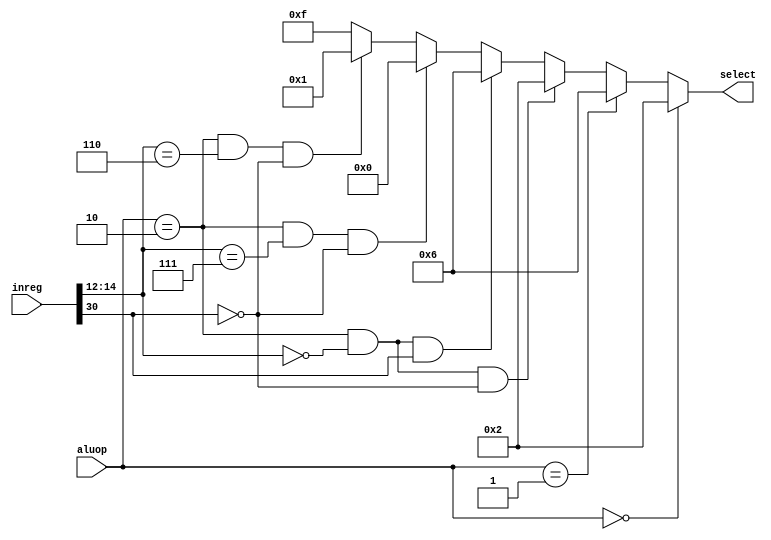
`timescale 1ns / 1ps
//////////////////////////////////////////////////////////////////////////////////
// Company: 
// Engineer: 
// 
// Design Name: 
// Module Name: ALU_control_unit
// Project Name: 
// Target Devices: 
// Tool Versions: 
// Description: 
// 
// Dependencies: 
// 
// Revision:
// Revision 0.01 - File Created
// Additional Comments:
// 
//////////////////////////////////////////////////////////////////////////////////


module ALU_control_unit(input[1:0] aluop,input[31:0] inreg,output reg[3:0] select);

always@(*)
begin
	if (aluop == 2'b00) select = 4'b0010; 	// add
 	else if (aluop == 2'b01) select = 4'b110;	// sub
	else if (aluop == 2'b10 && inreg[14:12] == 3'b000 && inreg[30] ==0 ) select = 4'b0010; // add
	else if (aluop == 2'b10 && inreg[14:12] == 3'b000 && inreg[30] ==1 ) select = 4'b0110; // sub
	else if (aluop == 2'b10 && inreg[14:12] == 3'b111 && inreg[30] ==0 ) select = 4'b0000; // and
	else if (aluop == 2'b10 && inreg[14:12] == 3'b110 && inreg[30] ==0 ) select = 4'b0001; // and
	else select = 4'b1111;
end

endmodule